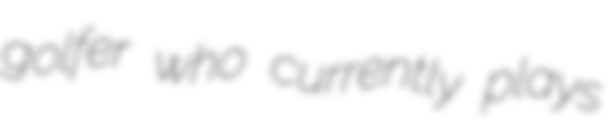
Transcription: golfer who currently plays